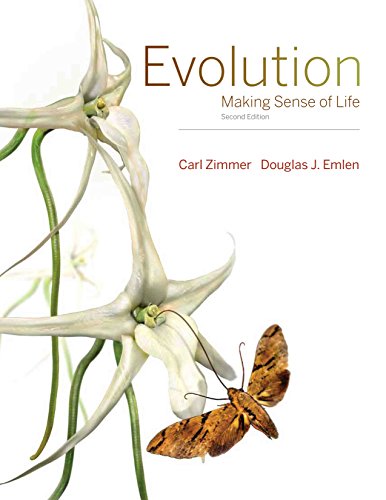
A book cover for Evolution: Making Sense of Life; Carl Zimmer; Science & Math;